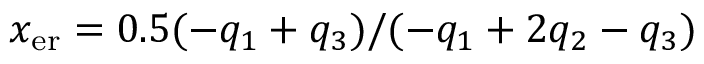
x _ { \mathrm { e r } } = 0 . 5 ( - q _ { 1 } + q _ { 3 } ) / ( - q _ { 1 } + 2 q _ { 2 } - q _ { 3 } )